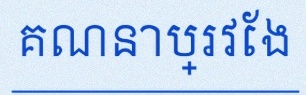
គណនាប្រវែង